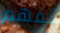
نفهم